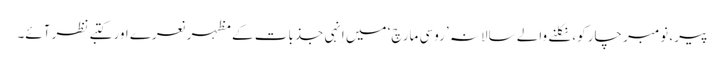
پیر، نومبر چار کو، نکلنے والے سالانہ ’روسی مارچ‘ میں اِنہی جذبات کے مظہر نعرے اور کتبے نظر آئے۔